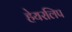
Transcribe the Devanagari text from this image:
हेयरलिप